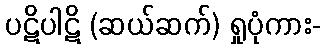
ပဋိပါဋိ (ဆယ်ဆက်) ရှုပုံကား-